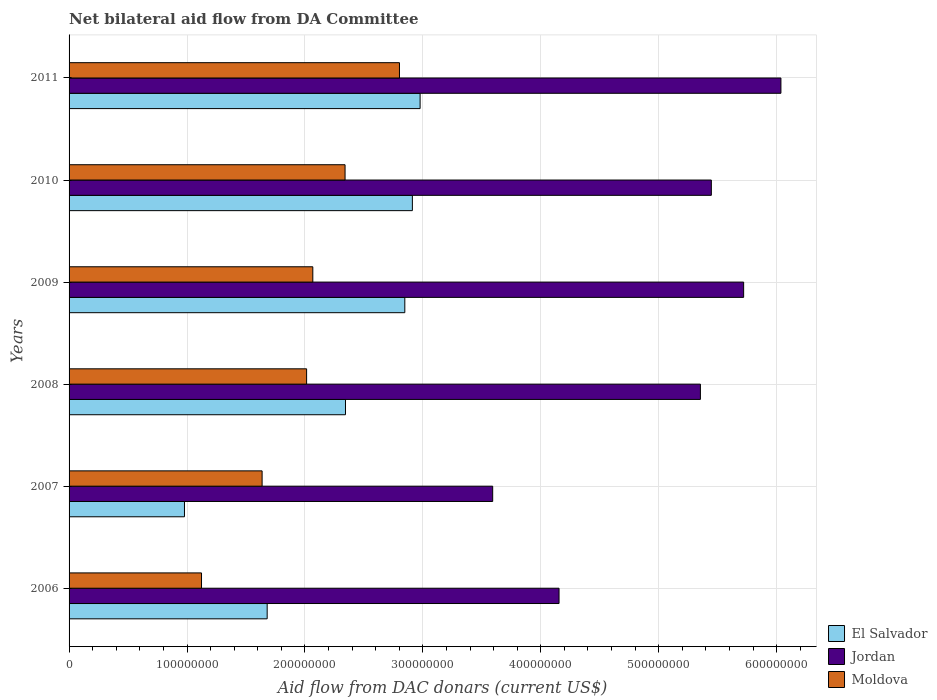
| Years | El Salvador | Jordan | Moldova |
 | --- | --- | --- | --- |
 | 2006 | 1.68e+08 | 4.16e+08 | 1.12e+08 |
 | 2007 | 9.79e+07 | 3.59e+08 | 1.64e+08 |
 | 2008 | 2.34e+08 | 5.35e+08 | 2.01e+08 |
 | 2009 | 2.85e+08 | 5.72e+08 | 2.07e+08 |
 | 2010 | 2.91e+08 | 5.45e+08 | 2.34e+08 |
 | 2011 | 2.98e+08 | 6.04e+08 | 2.8e+08 |